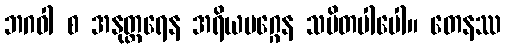
ဘဂဝါ စ အနုတ္တရေန အရိယမဂ္ဂေန သမိတပါပေါ။ တေနဿ